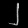
Digit: ၂